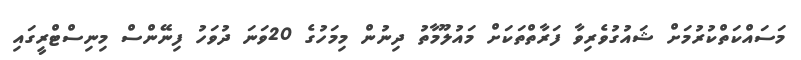
މަސައްކަތްކުރުމަށް ޝައުގުވެރިވާ ފަރާތްތަކަށް މައުލޫމާތު ދިނުން މިމަހުގެ 20ވަނަ ދުވަހު ފިނޭންސް މިނިސްޓްރީގައި